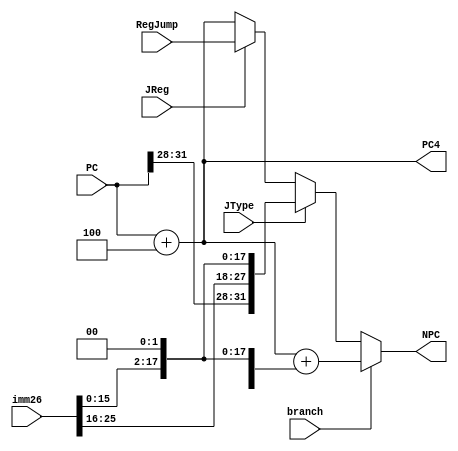
`timescale 1ns / 1ps
//////////////////////////////////////////////////////////////////////////////////
// Company: 
// Engineer: 
// 
// Design Name: 
// Module Name:    NPC 
// Project Name: 
// Target Devices: 
// Tool versions: 
// Description: 
//
// Dependencies: 
//
// Revision: 
// Revision 0.01 - File Created
// Additional Comments: 
//
//////////////////////////////////////////////////////////////////////////////////
module NPC(
    input branch,
    input JType,		// j and jal is the same
    input JReg,
    input [31:0] PC,
    input [31:0] RegJump,
    input [25:0] imm26,
    output [31:0] PC4,
    output reg [31:0] NPC
    );
	assign PC4 = PC + 4;
	always@(*) begin
		if(branch) begin
			NPC = PC + 4 + {{14{imm26[15]}}, imm26[15:0], 2'b00};
		end
		else if (JType) begin
			NPC = {PC[31:28], imm26, 2'b00};
		end
		else if (JReg) begin
			NPC = RegJump;
		end
		else begin
			NPC = PC + 4;
		end
	end
endmodule